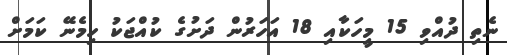
ނެތި ދުއްވި 15 މީހަކާއި 18 އަހަރުން ދަށުގެ ކުއްޖަކު ހިމެނޭ ކަމަށް